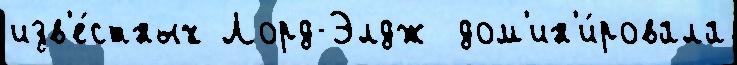
изв'е́стных Лорд-Элдж  дом'ин'и́ровала